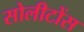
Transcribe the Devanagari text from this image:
सोलीटोंस